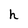
Character: h